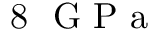
8 ~ \mathrm { ~ G ~ P ~ a ~ }